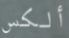
ألكس